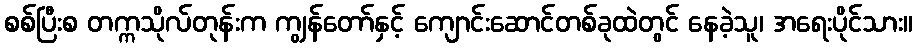
စစ်ပြီးစ တက္ကသိုလ်တုန်းက ကျွန်တော်နှင့် ကျောင်းဆောင်တစ်ခုထဲတွင် နေခဲ့သူ၊ အရေးပိုင်သား။